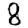
Digit: 8